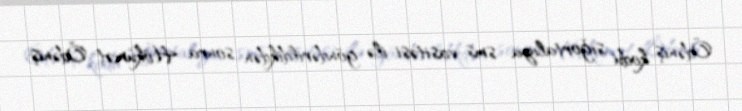
Ödəniş kodu sığortalıya sms vasitəsi ilə göndərildikdən sonra Hökümət Ödəniş